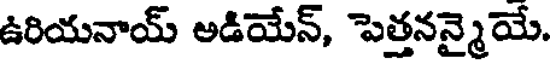
ఉరియనాయ్ అడియేన్, పెత్తనన్మైయే.